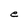
Character: e